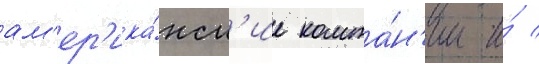
ам'ер'ика́нск'ие компа́н'ии и́ /